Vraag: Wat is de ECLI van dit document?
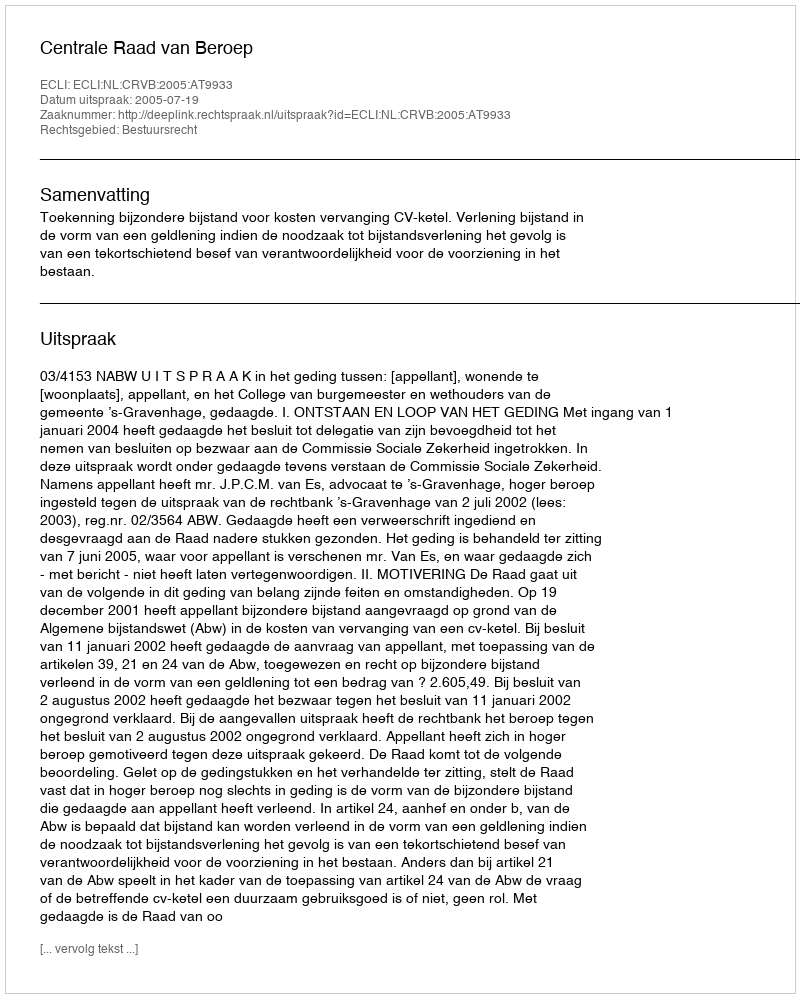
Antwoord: ECLI:NL:CRVB:2005:AT9933